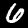
Label: 6